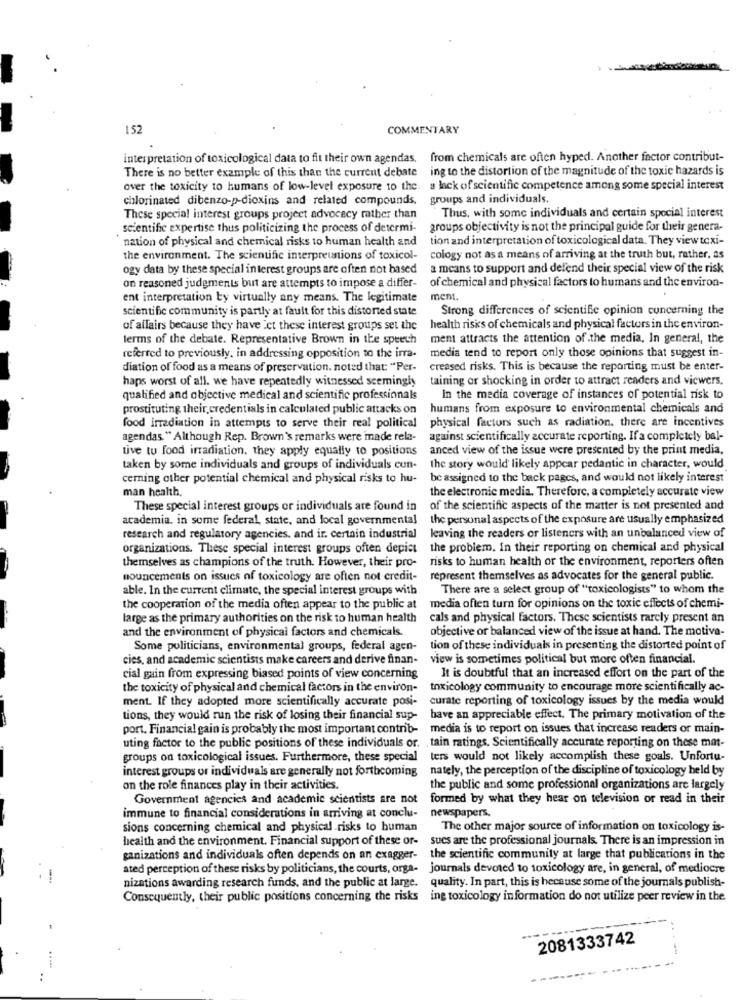
152
COMMENTARY
interpretation of toxicological data to fit their own agendas. from chemicals are often hyped. Another factor contribut-
There is no better example of this than the current debate ing to the distortion of the magnitude of the toxic hazards is
over the toxicity to humans of low-level exposure to the. a lack of scientific competence among some special interest
chlorinated dibenzo-p-dioxins and related compounds.
groups and individuals.
These special interest groups project advocacy rather than
Thus, with some individuals and certain special interest
scientific expertise thus politicizing the process of determi-
groups objectivity is not the principal guide for their genera-
nation of physical and chemical risks to human health and
tion and interpretation of toxicological data. They view toxi-
the environment. The scientific interpreunions of toxicol-
cology not as a means of arriving at the truth but, rather, as
ogy data by these special interest groups are often not based
a means to support and defend their special view of the risk
of chemical and physical factors to humans and the environ-
on reasoned judgments but are attempts to impose a differ-
ent interpretation ty virtually any means. The legitimate
ment.
scientific community is partly at fault for this distorted state
Strong differences of scientific opinion concerning the
of affairs because they have ict these interest groups set the
health risks of chemicals and physical factors in the environ-
terms of the debate. Representative Brown in the speech
ment attracts the attention of .the media, In general, the
media tend to report only those opinions that suggest in-
referred to previously, in addressing opposition to the irra-
diation of food as a means of preservation. noted that: "Per-
creased risks. This is because the reporting must be enter-
haps worst of all. we have repeatedly witnessed seemingly
taining or shocking in order to attract readers and viewers.
qualified and objective medical and scientific professionals
In the media coverage of instances of potential risk to
prostituting their, credentials in calculated public attacks on
humans from exposure to environmental chemicals and
physical factors such as radiation, there are incentives
food irradiation in attempts to serve their real political
agendas " Although Rep. Brown's remarks were made rela-
against scientifically accurate reporting. If a completely bal-
tive tu food irradiation, they apply equally to positions
anced view of the issue were presented by the print media,
taken by some individuals and groups of individuals cun-
the story would likely appcar pedantic in character, would
cering other potential chemical and physical risks to hu-
be assigned to the back pages, and would not likely interest
man health.
the electronic media. Therefore, a completely accurate view
These special interest groups or individuals are found in
of the scientific aspects of the matter is not presented and
academia. in some federal, state, and local governmental
the personal aspects of the exposure are usually emphasized
research and regulatory agencies, and ir. certain industrial
leaving the readers or listeners with an unbalanced view of
organizations. These special interest groups often depict
the problem. In their reporting on chemical and physical
themselves as champions of the truth. However, their pro-
risks to human health or the environment, reporters often
nouncements on issues of toxicology are often not credit-
represent themselves as advocates for the general public.
able. In the current climate, the special interest groups with
There are a select group of "toxicologists" to whom the
the cooperation of the media often appear to the public at
media often turn for opinions on the toxic effects of chemi-
large as the primary authorities on the risk to human health
cals and physical factors. These scientists rarely present an
and the environment of physical factors and chemicals.
objective or balanced view of the issue at hand. The motiva-
Some politicians, environmental groups, federal agen-
tion of these individuals in presenting the distorted point of
cies, and academic scientists make careers and derive finan- view is sometimes political but more often financial.
cial gain from expressing biased points of view concerning
It is doubtful that an increased effort on the part of the
the toxicity of physical and chemical factors in the environ-
toxicology community to encourage more scientifically ac-
ment. If they adopted more scientifically accurate posi-
curate reporting of toxicology issues by the media would
tions, they would run the risk of losing their financial sup-
have an appreciable effect. The primary motivation of the
port. Financial gain is probably the most important contrib-
media is to report on issues that increase readers or main-
uting factor to the public positions of these individuals or.
tain ratings. Scientifically accurate reporting on these mat-
groups on toxicological issues. Furthermore, these special ters would not likely accomplish these goals. Unfortu-
interest groups or individuals are generally not forthcoming
nately, the perception of the discipline of toxicology held by
on the role finances play in their activities.
the public and some professional organizations are largely
Government agencies and academic scientists are not
formed by what they hear on television or read in their
newspapers.
immune to financial considerations in arriving at conclu-
sions concerning chemical and physical risks to human
The other major source of information on toxicology is-
health and the environment. Financial support of these or-
sues are the professional journals. There is an impression in
ganizations and individuals often depends on an exagger-
the scientific community at large that publications in the
ated perception of these risks by politicians, the courts, orga- journals devoted to toxicology are, in general, of mediocre
nizations awarding research funds, and the public at large. quality. In part, this is because some of the journals publish-
Consequently, their public positions concerning the risks ing toxicology information do not utilize peer review in the
2081333742